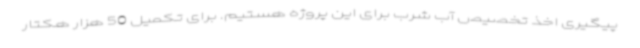
پیگیری اخذ تخصیص آب شرب برای این پروژه هستیم. برای تکمیل 50 هزار هکتار